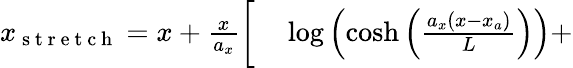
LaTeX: \begin{array}{rl}{x_{\mathrm{~s~t~r~e~t~c~h~}}=x+\frac{x}{a_{x}}{\bigg[}}&{{}\log\left(\cosh\left(\frac{a_{x}(x-x_{a})}{L}\right)\right)+}\end{array}